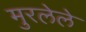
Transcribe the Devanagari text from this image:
मुरलेले